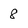
Character: 8